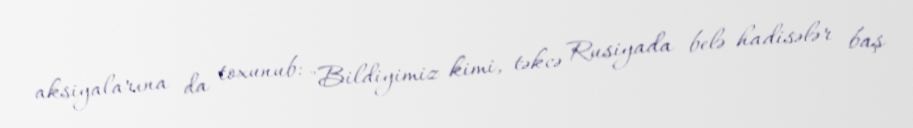
aksiyalarına da toxunub: "Bildiyimiz kimi, təkcə Rusiyada belə hadisələr baş